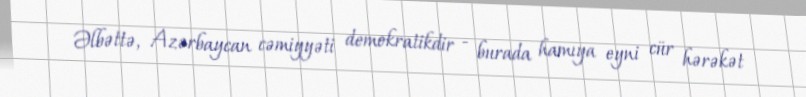
Əlbəttə, Azərbaycan cəmiyyəti demokratikdir - burada hamıya eyni cür hərəkət